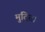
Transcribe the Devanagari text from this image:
मुदित।